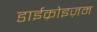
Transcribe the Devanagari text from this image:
डाईक्रोइज़म